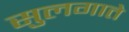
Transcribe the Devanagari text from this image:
सुलगाते